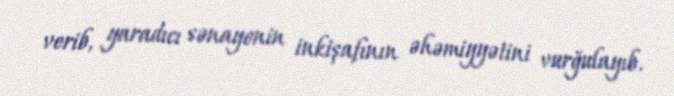
verib, yaradıcı sənayenin inkişafının əhəmiyyətini vurğulayıb.